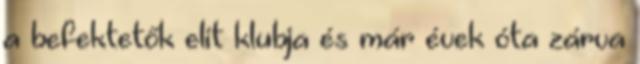
a befektetők elit klubja és már évek óta zárva